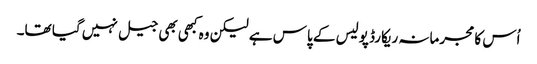
اُس کا مجرمانہ ریکارڈ پولیس کے پاس ہے لیکن وہ کبھی بھی جیل نہیں گیا تھا۔